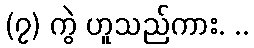
(၇) ကွဲ ဟူသည်ကား. ..